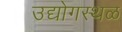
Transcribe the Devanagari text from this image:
उद्योगस्थळ